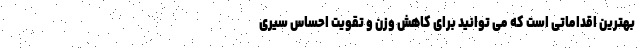
بهترین اقداماتی است که می توانید برای کاهش وزن و تقویت احساس سیری